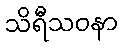
သိရီသဝနာ